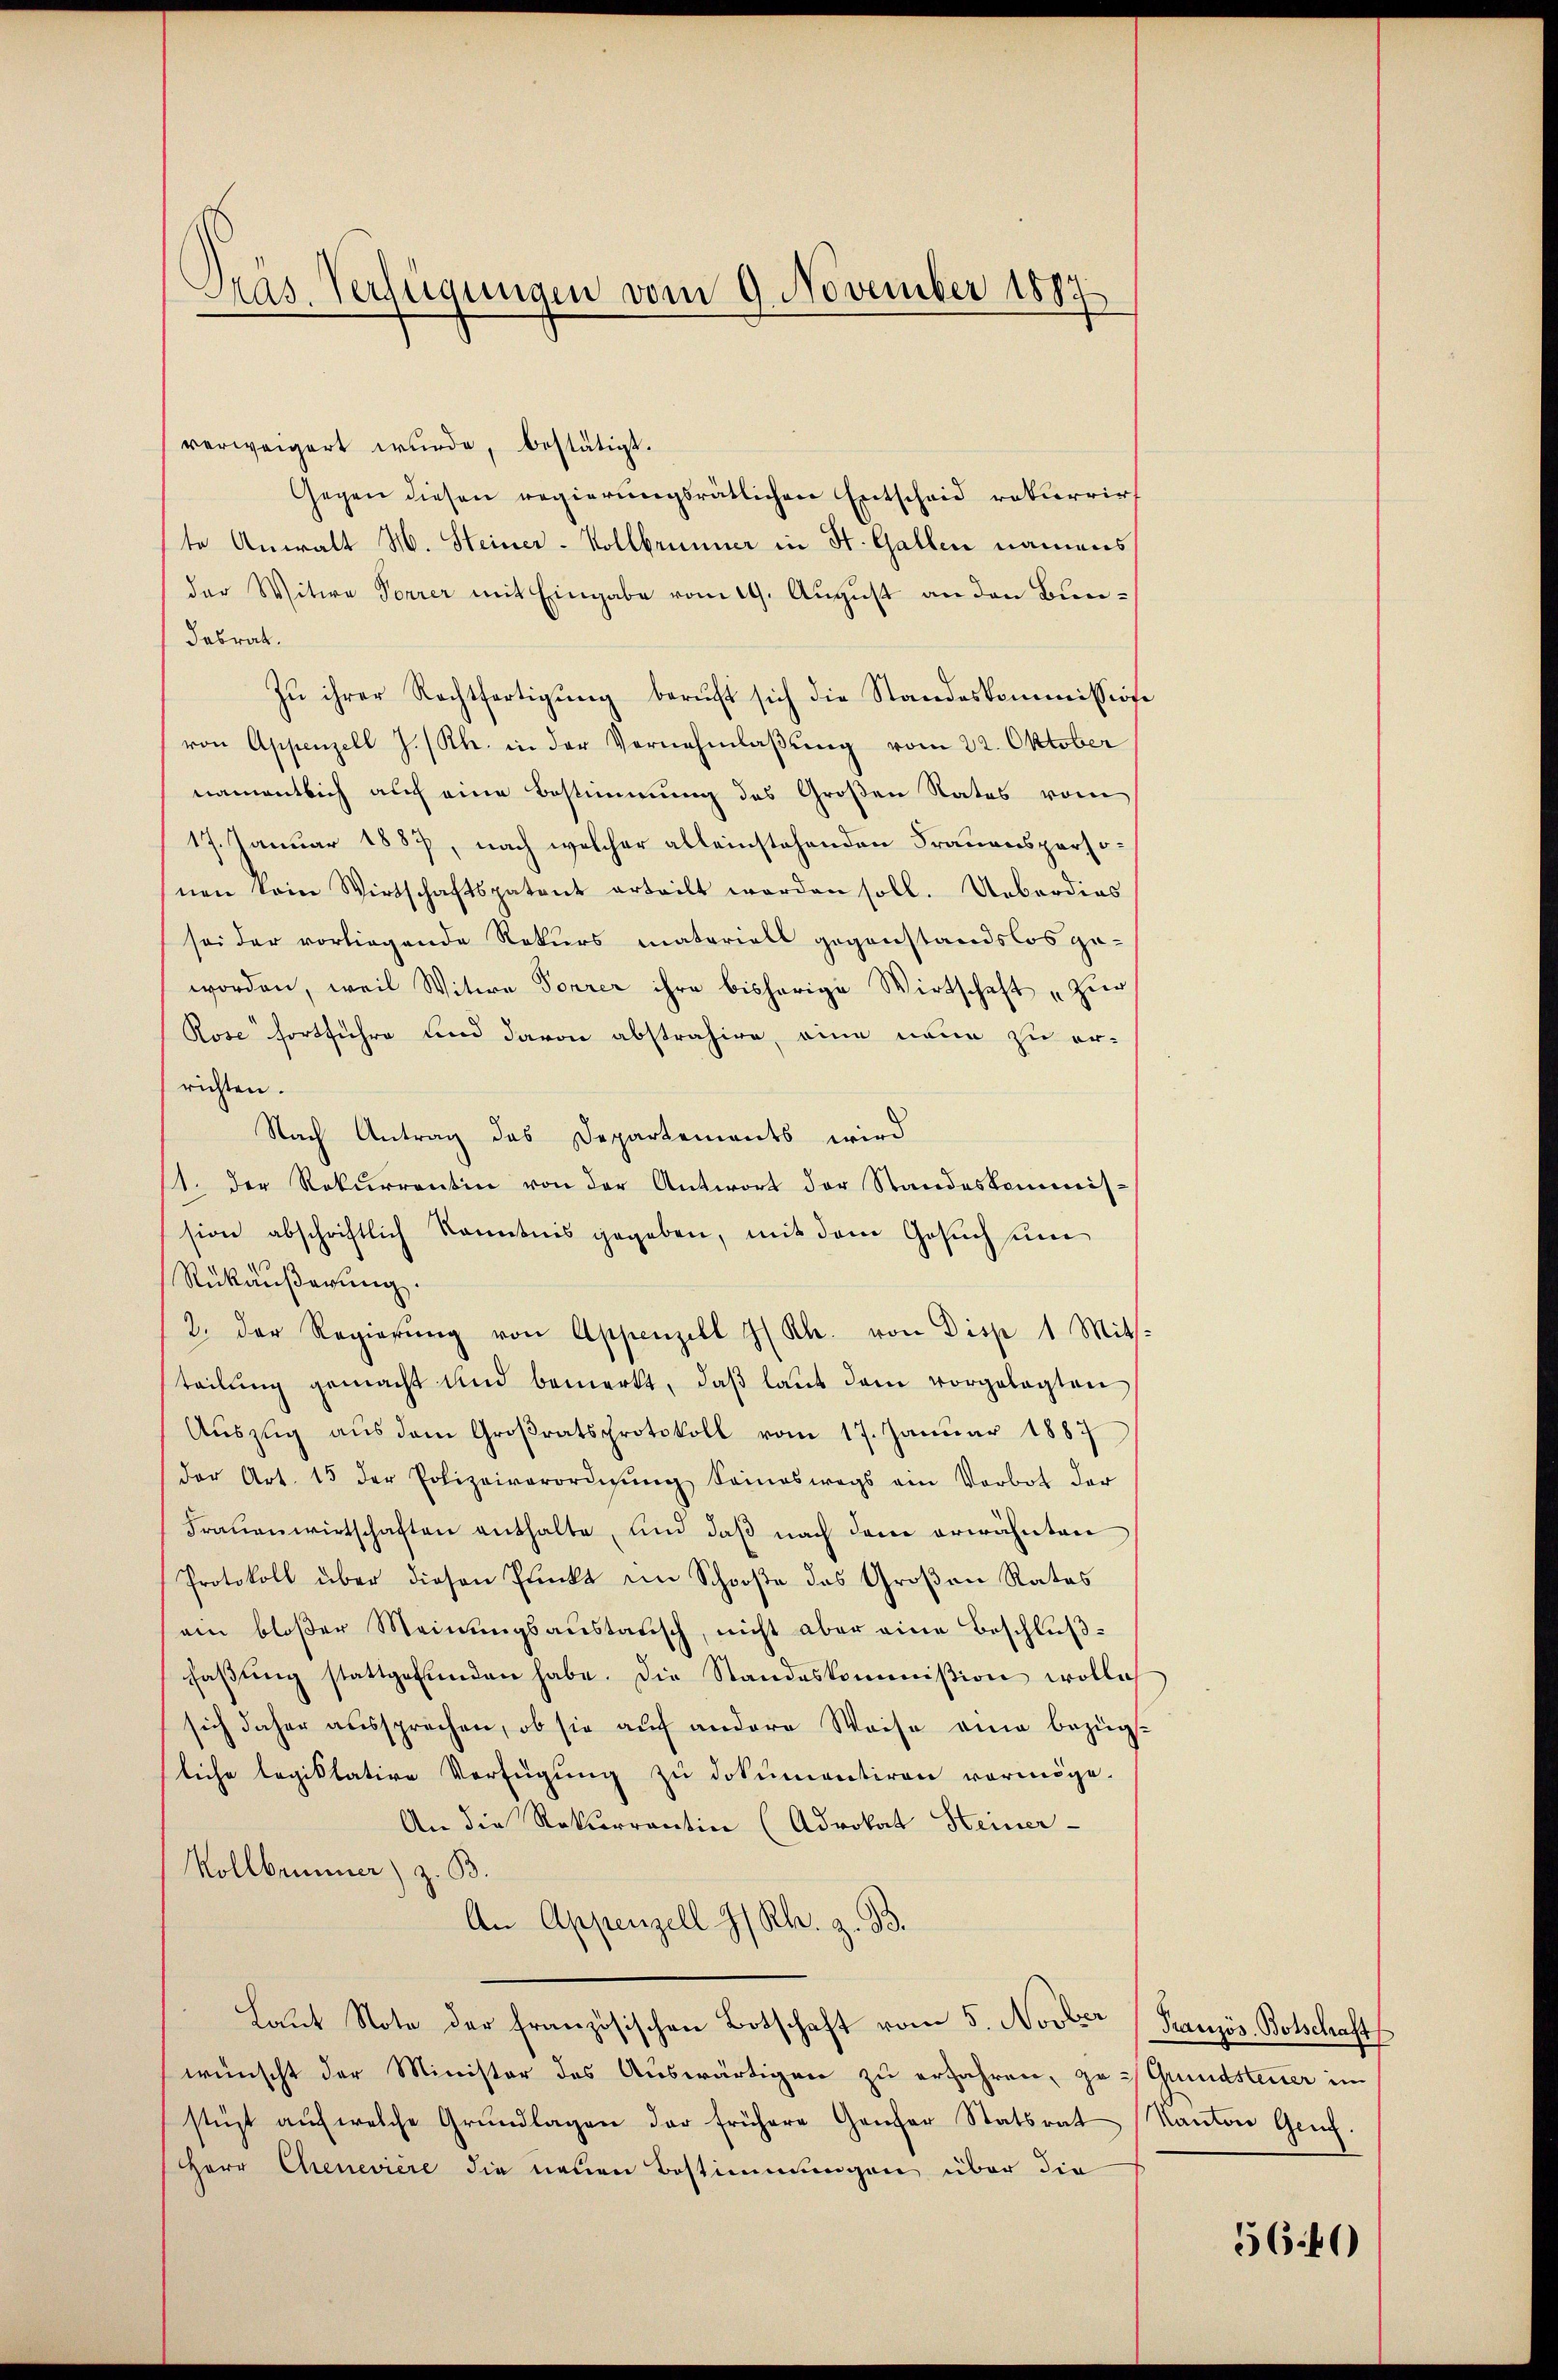
Präs. Verfügungen vom 9. November 1894

verweigert wurde, bestätigt.
Gegen diesen regierungsrätlichen Entscheid rekurrirt
te Anwalt H. Steiner - Vollbrunner in St. Gallen namens
der Witwe Forrer mit Eingabe vom 19. August an den Bundabrat.
Zu ihrer Rechtfertigung beruft sich die Standeskommission
von Appenzell J. Rh. in der Vernehmlaßung vom 22. Oktober
namentlich auch eine Bestimmung des Großen Rates vom
17. Januar 1887, nach welcher alleinstehenden Frauenspersonen kein Wirtschaftspatent erteilt worden soll. Ueberdigs
sei der vorliegende Rekurs materiell gegenstandslos geworden, weil Witwe Forrer ihre bisherige Wirtschaft „Zur
Rose fortführe und davon abstrahire, eine neue zu er-
richten.
Nach Antrag des Departements wird
11. Der Rekurrentin von der Antwort der Standeskommission abschriftlich Kenntnis gegeben, mit dem Gesuch um
Rükäußerung.
2. der Regierŭng von Appenzell I/Rh. von Disp 1 Mits.
teilŭng gemacht und bemerkt, daβ laŭt dem vorgelegten
Auszug aus dem Großratsprotokoll vom 17. Januar 1887
(der Art. 15 der Polizeiverordigŭng Seineswegs ein Verbot der
Frauenwirtschaften enthalte, und daß nach dem erwähnten
Protokoll über diesen Punkt im Schooße das Großen Rates
(ein bloßer Meinungsaustausch, nicht aber eine Beschlußfaβŭng stattgefŭnden habe. Die Standeskommißion wolle
sich daher aussprechen, ob sie auf andere Weise eine bezügliche legiktative Verfügung zu dokumentiren vermöge.
An die Rekurrentin (Advokat Heiner-
Kollbemmer) z. B.
An Appenzell I/Rh. z. B.
Laŭt Note der französischen Botschaft vom 5. Nover (Französ. Botschafts
wünscht der Minister des Auswärtigen zu erfahren, zu Grundsteuer im
stüzt aŭf welche Grŭndlagen der frühere Genfer Statsrat Kanton Gen
Herr Chenevière die neuen Bestimmungen über die

56.40)